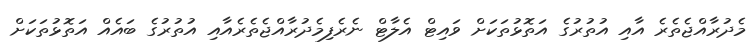
މެދުރާއްޖެތެރެ އާއި އުތުރުގެ އަތޮޅުތަކަށް ވައިޓް އެލާޓް ނެރެފިމެދުރާއްޖެތެރެއާއި އުތުރުގެ ބައެއް އަތޮޅުތަކަށް